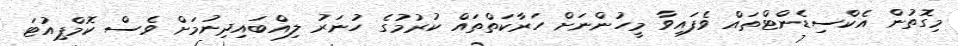
މިގޮތުން އެކްސިޑެންޓްތައް ވެފައިވާ މީހުންނަށް ހަރާކަތްތައް ކުރުމުގެ ހުނަރު ލިއްބައިދިނުމަށް ވެސް ކޮމްޕިއުޓަ